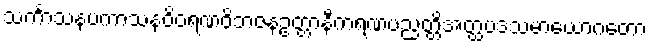
သင်္ကာသနပကာသနဝိဝရဏဝိဘဇနဥတ္တာနီကရဏပညတ္တိအတ္ထပဒသမာယောဂတော